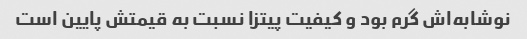
نوشابه‌اش گرم بود و کیفیت پیتزا نسبت به قیمتش پایین است